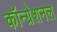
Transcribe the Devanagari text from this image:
कॉन्ग्रेशनल